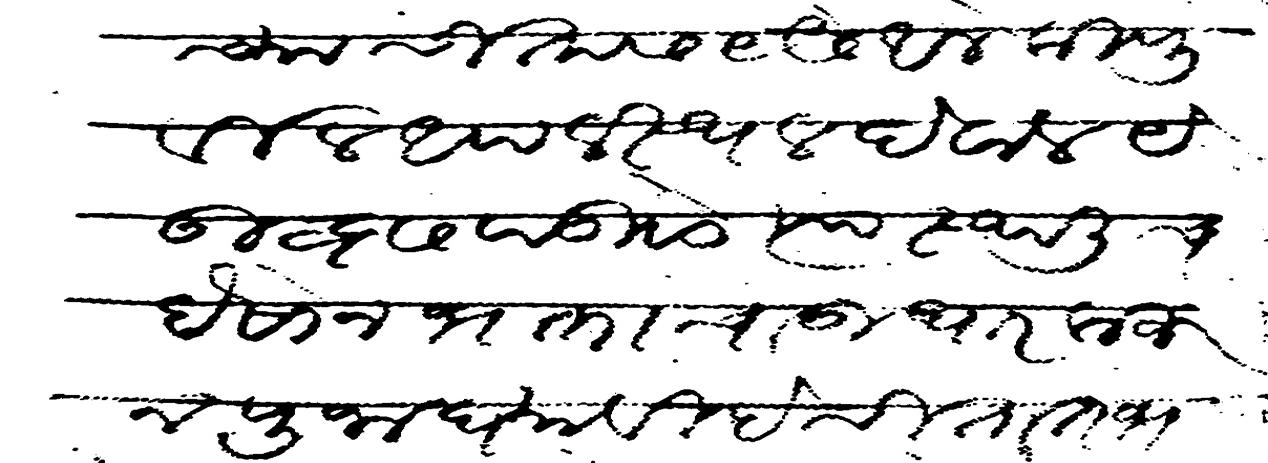
Transliteration (Devanagari): श्रीच्या चीतास यैसे आले की पुर्वील आपल स्थळ देवालये उहस पडीले त्यास्थली च बैसोन भक्ताचा उधार करुन पुजा घयावी हे चीतात जाऊन